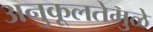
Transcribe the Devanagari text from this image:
अनुकूलतेमुळे